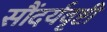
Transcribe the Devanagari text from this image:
सौंदर्यवृष्टी